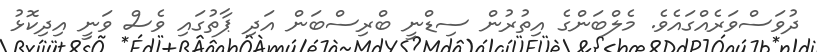
ދުވަސްވަރެއްގައެވެ. މެލްބަންގެ އިތުރުން ސިޑްނީ ބްރިސްބަން އަދި ޕާތުގައި ވެސް ވަނީ އިދިކޮޅު